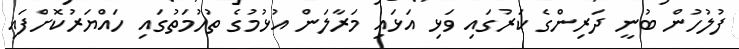
ފުލުހުން ބުނީ ދަރިންގެ ކަރުގައި ވަޅި އަޅައި މަރާލަން އުޅުމުގެ ތުހުމަތުގައި ހައްޔަރުކޮށްފައި